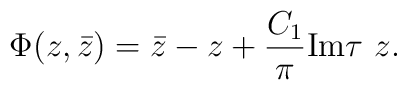
\Phi(z,\bar{z})=\bar{z}-z+\frac{C_1}{\pi}\mbox{Im}\tau~z.